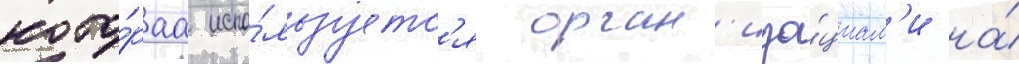
кото́раа испо́льзуетс'я орган'иза́циам'и на́